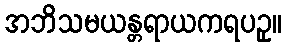
အဘိသမယန္တရာယကရပဥှ။